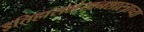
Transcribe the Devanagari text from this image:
इतिहासलेखनशास्त्राच्या